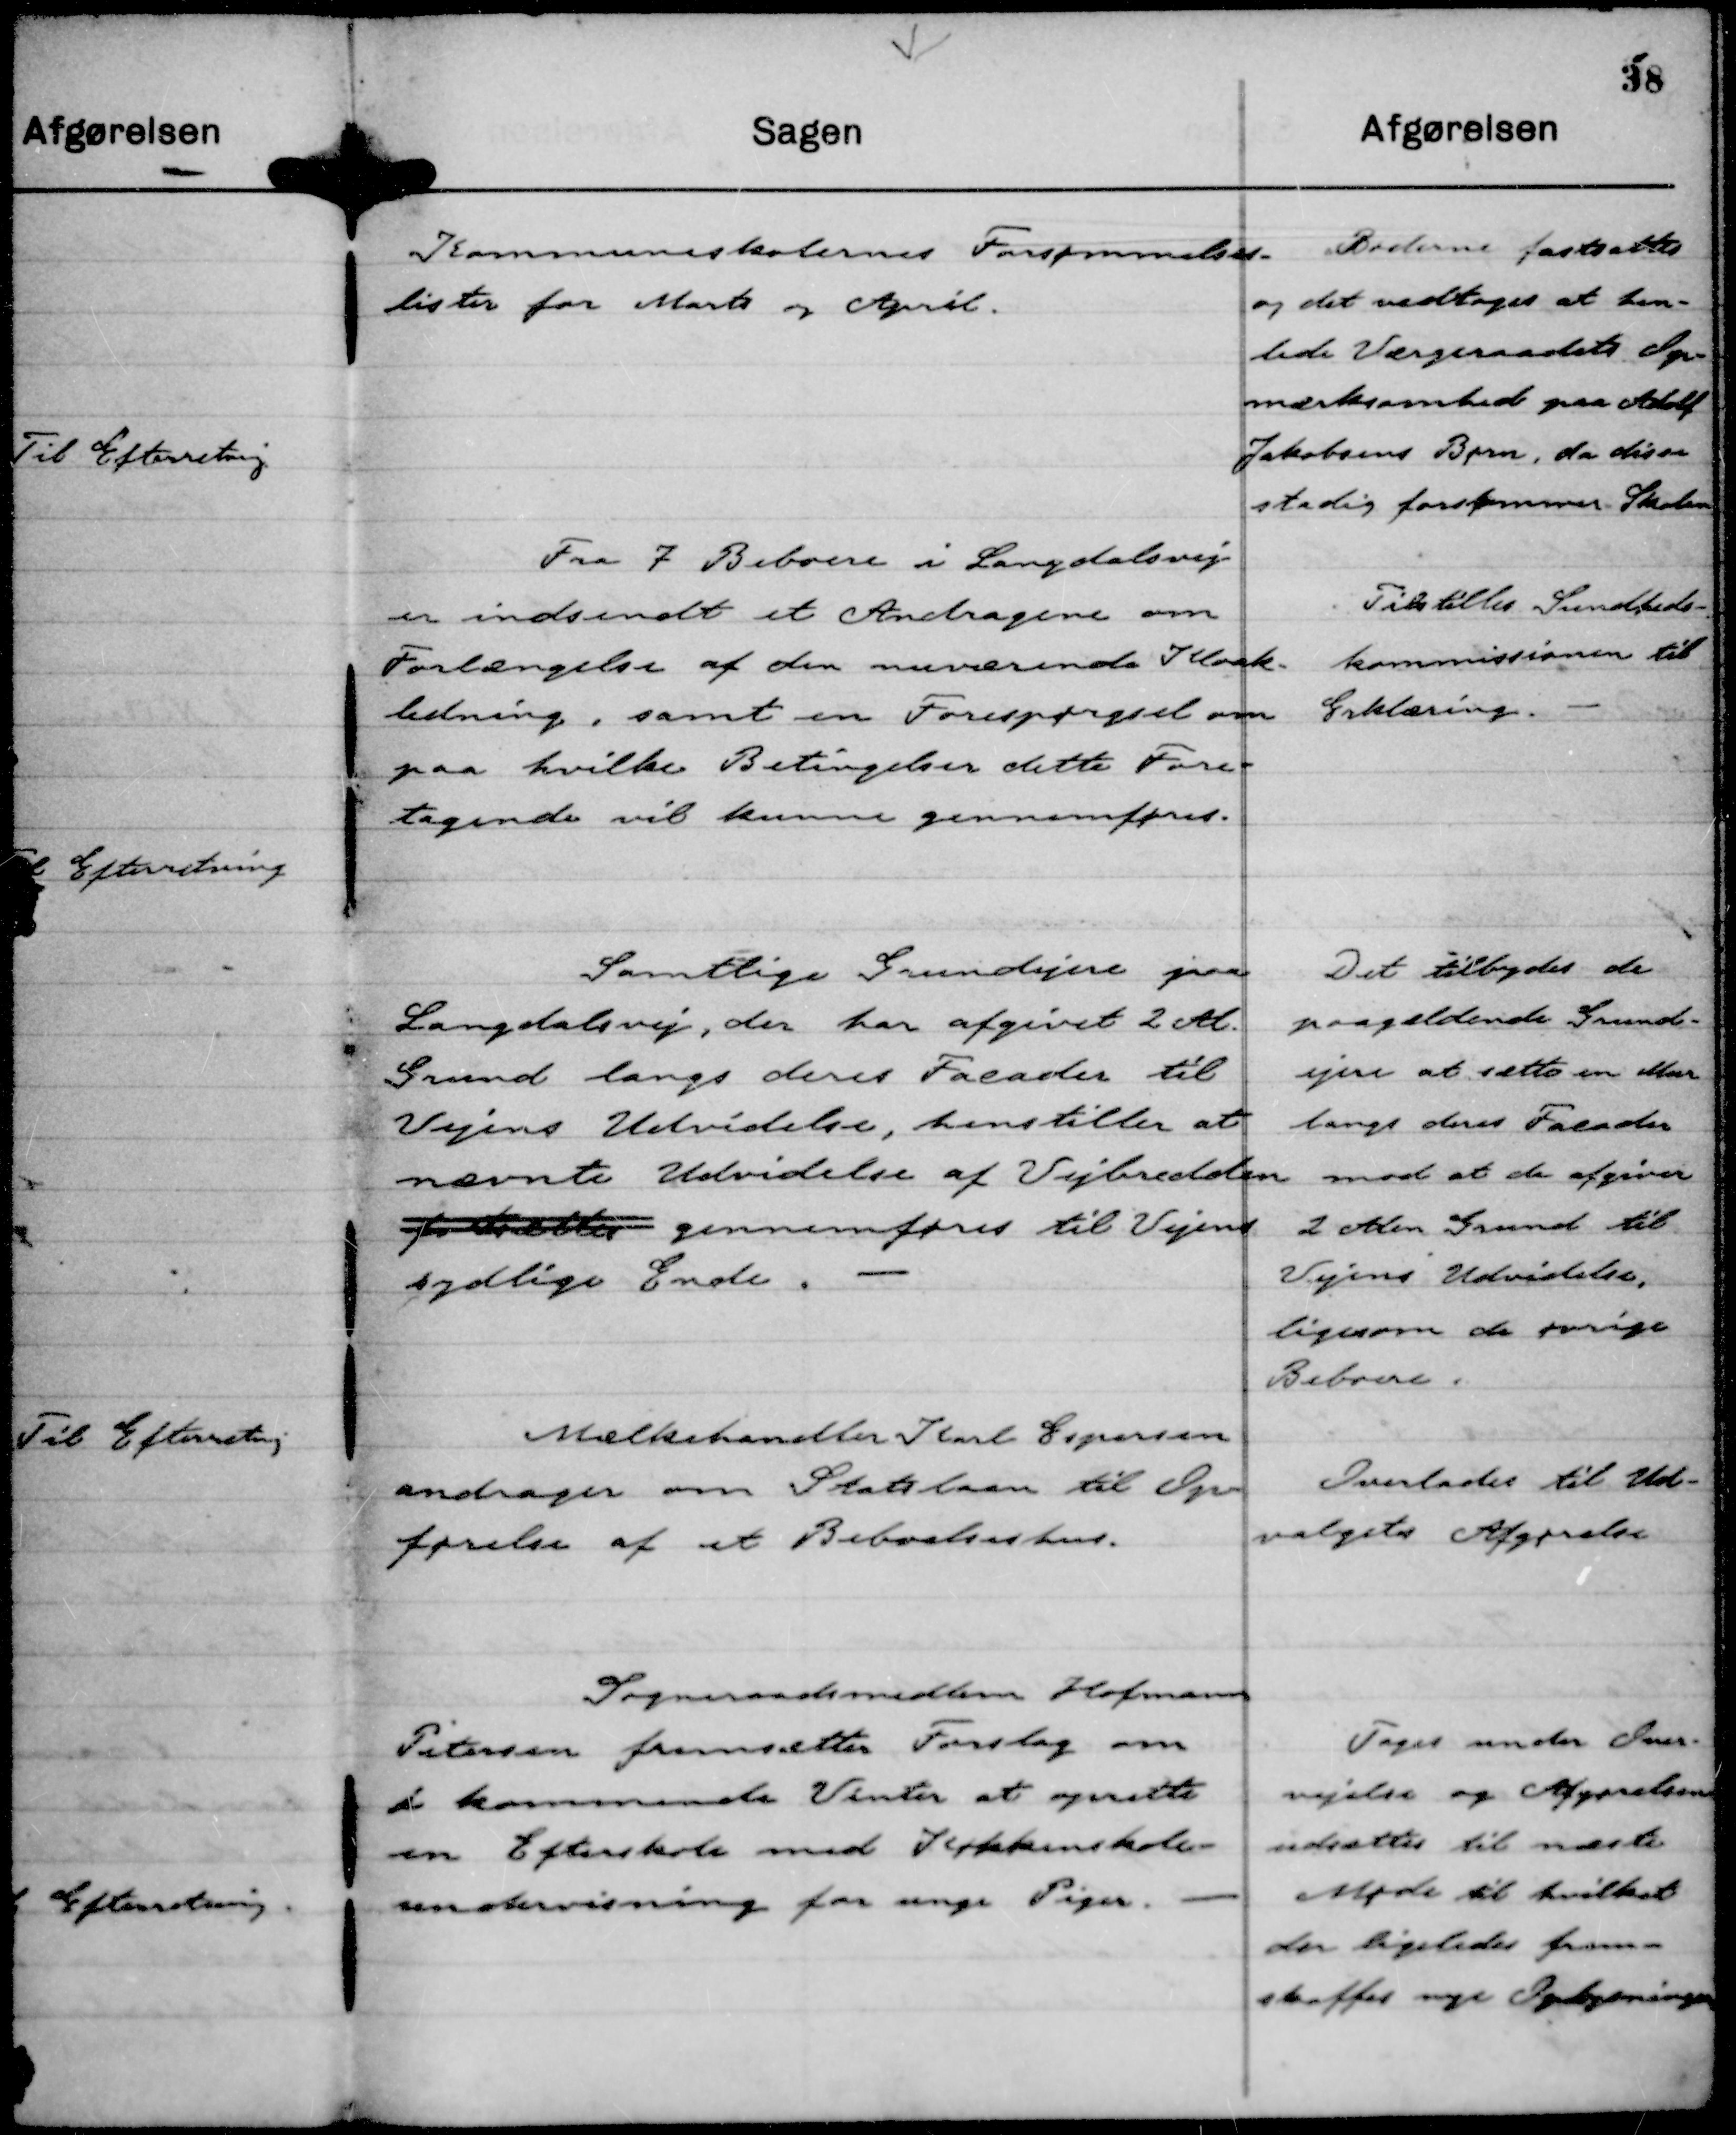
Transskription:
Kommuneskolernes Forsømmelses-
lister for Marts og April.

Bøderne fastsattes
og det vedtoges at hen-
lede Værgeraadets Op-
mærksomhed paa Adolf
Jakobsens Børn, da disse
stadig forsømmer Skolen

Fra 7 Beboere i Langdalsvej
er indsendt et Andragende om
Forlængelse af den nuværende Kloak-
ledning, samt en Forespørgsel om
paa hvilke Betingelser dette Fore-
tagende vil kunne gennemføres.

Tilstilles Sundheds-
kommissionen til
Erklæring.

Samtlige Grundejere paa
Langdalsvej, der har afgivet 2 Al.
Grund langs deres Facader til
Vejens Udvidelse, henstiller at
nævnte Udvidelse af Vejbredden
fortsættes gennemføres til Vejens
sydlige Ende.

Det tilbydes de
paagældende Grund-
ejere at sætte en Mur
langs deres Facader
mod at de afgiver
2 Alen Grund til
Vejens Udvidelse,
ligesom de øvrige
Beboere.

Mælkehandler Karl Espersen
andrager om Statslaan til Op-
førelse af et Beboelseshus.

Overlades til Ud-
valgets Afgørelse

Sogneraadsmedlem Hofmann
Petersen fremsætter Forslag om
de kommende Vinter at oprette
en Efterskole med Køkkenskole-
undervisning for unge Piger.

Toges under Over-
vejelse og Afgørelsen
udsattes til næste
Møde til hvilket
der ligeledes frem-
skaffes nye Oplysninger